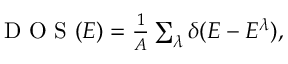
\begin{array} { r } { \mathrm { ~ D ~ O ~ S ~ } ( E ) = \frac { 1 } { A } \sum _ { \lambda } \delta ( E - E ^ { \lambda } ) , } \end{array}